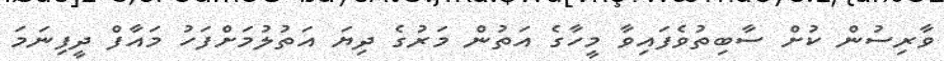
ވާރިސުން ކުށް ސާބިތުވެފައިވާ މީހާގެ އަތުން މަރުގެ ދިޔަ އަތުލުމަށްފަހު މައާފް ދީފިނަމަ